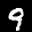
Label: 9